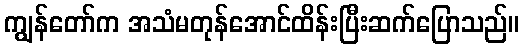
ကျွန်တော်က အသံမတုန်အောင်ထိန်းပြီးဆက်ပြောသည်။